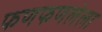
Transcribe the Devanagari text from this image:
फणफणलेला